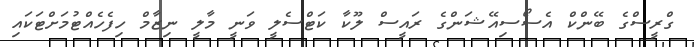
ގްރީސްގެ ބޭންކް އެސޯސިއޭޝަންގެ ރައީސް ލޫކާ ކަޓްސެލީ ވަނީ މާލީ ނިޒާމް ހިފެހެއްޓުމަށްޓަކައި